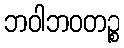
ဘဝါဘဝတဉ္စ